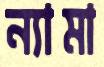
ন্যামা